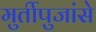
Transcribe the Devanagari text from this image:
मुर्तीपुजांसे